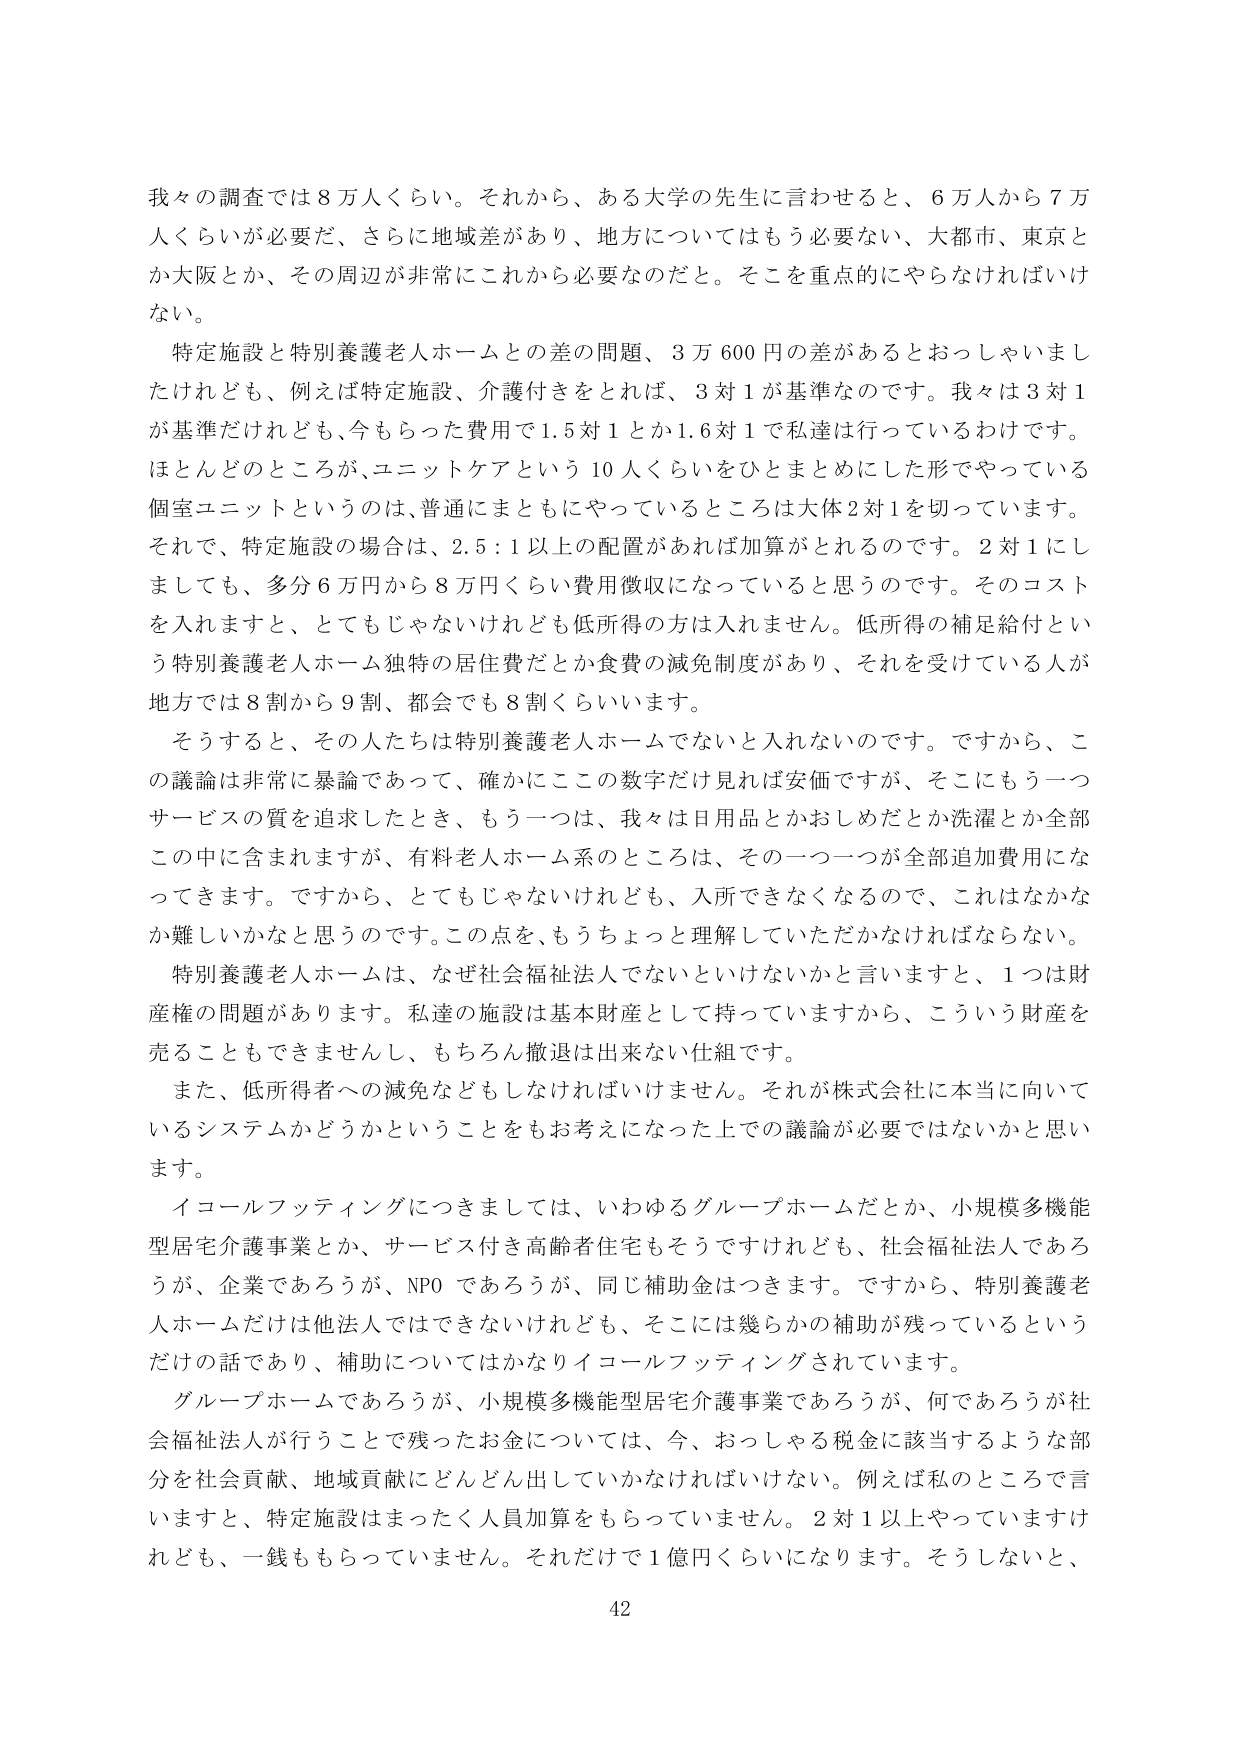
我々の調査では８万人くらい。それから、ある大学の先生に言わせると、６万人から７万人くらいが必要だ、さらに地域差があり、地方についてはもう必要ない、大都市、東京とか大阪とか、その周辺が非常にこれから必要なのだと。そこを重点的にやらなければいけない。

特定施設と特別養護老人ホームとの差の問題、３万６００円の差があるとおっしゃいましたけれども、例えば特定施設、介護付きをとれば、３対１が基準なのです。我々は３対１が基準だけれども、今もらった費用で１．５対１とか１．６対１で私達は行っているわけです。ほとんどのところが、ユニットケアという１０人くらいをひとまとめにした形でやっている個室ユニットというのは、普通にまともにやっているところは大体２対１を切っています。それで、特定施設の場合は、２．５：１以上の配置があれば加算がとれるのです。２対１にしましても、多分６万円から８万円くらい費用徴収になっていると思うのです。そのコストを入れますと、とてもじゃないけれども低所得の方は入れません。低所得の補足給付という特別養護老人ホーム独特の居住費だとか食費の減免制度があり、それを受けている人が地方では８割から９割、都会でも８割くらいいます。

そうすると、その人たちは特別養護老人ホームでないと入れないのです。ですから、この議論は非常に暴論であって、確かにこの数字だけ見れば安価ですが、そこにもう一つサービスの質を追求したとき、もう一つは、我々は日用品とかおしめだとか洗濯とか全部この中に含まれますが、有料老人ホーム系のところは、その一つ一つが全部追加費用になってきます。ですから、とてもじゃないけれども、入所できなくなるので、これはなかなか難しいかなと思うのです。この点を、もうちょっと理解していただかなければならない。

特別養護老人ホームは、なぜ社会福祉法人でないといけないかと言いますと、１つは財産権の問題があります。私達の施設は基本財産として持っていますから、こういう財産を売ることもできませんし、もちろん撤退は出来ない仕組です。

また、低所得者への減免などもしなければいけません。それが株式会社に本当に向いているシステムかどうかということをもお考えになった上での議論が必要ではないかと思います。

イコールフッティングにつきましては、いわゆるグループホームだとか、小規模多機能型居宅介護事業とか、サービス付き高齢者住宅もそうですけれども、社会福祉法人であろうが、企業であろうが、NPOであろうが、同じ補助金はつきます。ですから、特別養護老人ホームだけは他法人ではできないけれども、そこには幾らかの補助が残っているというだけの話であり、補助についてはかなりイコールフッティングされています。

グループホームであろうが、小規模多機能型居宅介護事業であろうが、何であろうが社会福祉法人が行うことで残ったお金については、今、おっしゃる税金に該当するような部分を社会貢献、地域貢献にどんどん出していかなければいけない。例えば私のところと言いますと、特定施設はまったく人員加算をもらっていません。２対１以上やっていますけれども、一銭ももらっていません。それだけで１億円くらいになります。そうしないと、

42